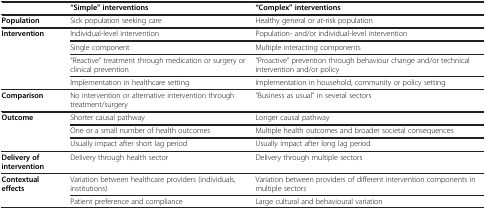
|  | “Simple” interventions | “Complex” interventions |
 | --- | --- | --- |
 | Population | Sick population seeking care | Healthy general or at-risk population |
 | <ROWSPAN=4> Intervention | Individual-level intervention | Population- and/or individual-level intervention |
 | Single component | Multiple interacting components |
 | “Reactive” treatment through medication or surgery or clinical prevention | “Proactive” prevention through behaviour change and/or technical intervention and/or policy |
 | Implementation in healthcare setting | Implementation in household, community or policy setting |
 | Comparison | No intervention or alternative intervention through treatment/surgery | “Business as usual” in several sectors |
 | <ROWSPAN=3> Outcome | Shorter causal pathway | Longer causal pathway |
 | One or a small number of health outcomes | Multiple health outcomes and broader societal consequences |
 | Usually impact after short lag period | Usually impact after long lag period |
 | Delivery of intervention | Delivery through health sector | Delivery through multiple sectors |
 | <ROWSPAN=2> Contextual effects | Variation between healthcare providers (individuals, institutions) | Variation between providers of different intervention components in multiple sectors |
 | Patient preference and compliance | Large cultural and behavioural variation |